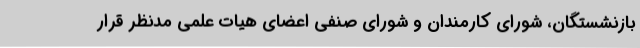
بازنشستگان، شورای کارمندان و شورای صنفی اعضای هیات علمی مدنظر قرار